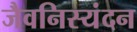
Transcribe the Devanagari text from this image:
जैवनिस्यंदन